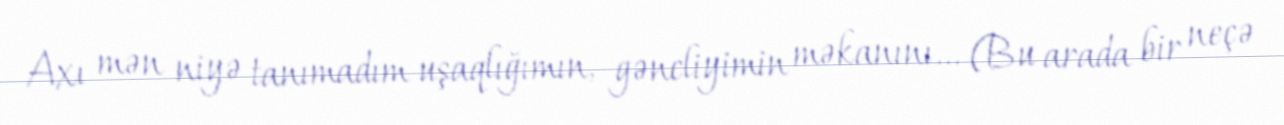
Axı mən niyə tanımadım uşaqlığımın, gəncliyimin məkanını... (Bu arada bir neçə